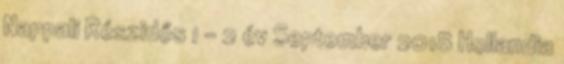
Nappali Részidős 1 - 2 év September 2018 Hollandia